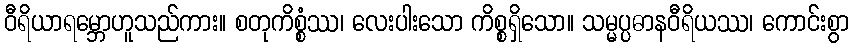
ဝီရိယာရမ္ဘောဟူသည်ကား။ စတုကိစ္စံဿ၊ လေးပါးသော ကိစ္စရှိသော။ သမ္မပ္ပဓာနဝီရိယဿ၊ ကောင်းစွာ